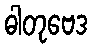
ဓါတုဗေဒ